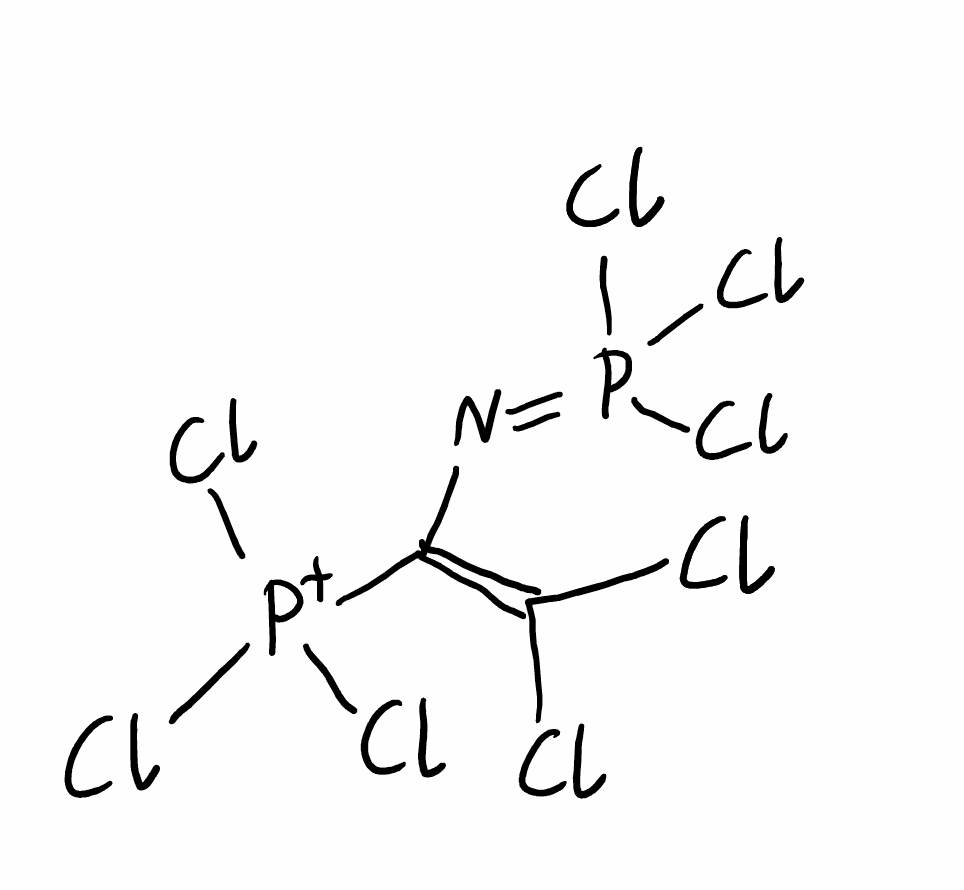
Simplified molecular-input line-entry system (SMILES) notation of the given molecule:
C(=C(Cl)Cl)(N=P(Cl)(Cl)Cl)[P+](Cl)(Cl)Cl